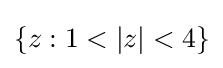
\{z:1<|z|<4\}